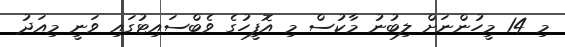
މި 14 މީހުންނަށް ލިބުނު މާކުސް މި އޮފީހުގެ ވެބްސައިޓުގައި ވަނީ މިއަދު